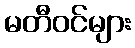
မတီဝင်များ